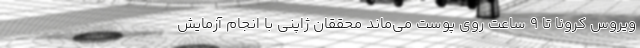
ویروس کرونا تا ۹ ساعت روی پوست می‌ماند محققان ژاپنی با انجام آزمایش